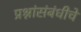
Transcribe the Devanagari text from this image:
प्रश्नांसंबंधीचे